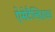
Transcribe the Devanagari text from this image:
ऐसेटैल्डिहाइड